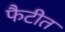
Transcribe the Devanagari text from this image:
फैटीत